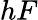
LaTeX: hF